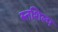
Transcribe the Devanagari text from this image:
स्‍तशिल्प